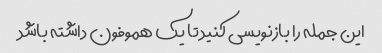
این جمله را بازنویسی کنید تا یک هموفون داشته باشد